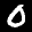
Label: 0